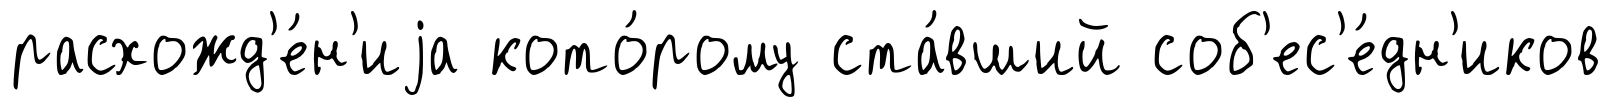
расхожд'е́н'иjа кото́рому ста́вший соб'ес'е́дн'иков